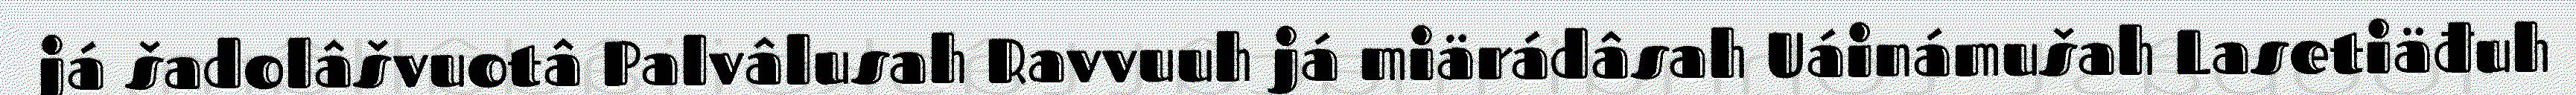
já šadolâšvuotâ Palvâlusah Ravvuuh já miärádâsah Uáinámušah Lasetiäđuh